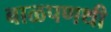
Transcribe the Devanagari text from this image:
बाळपणथी